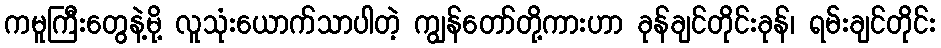
ကမူကြီးတွေနဲ့မို့ လူသုံးယောက်သာပါတဲ့ ကျွန်တော်တို့ကားဟာ ခုန်ချင်တိုင်းခုန်၊ ရမ်းချင်တိုင်း